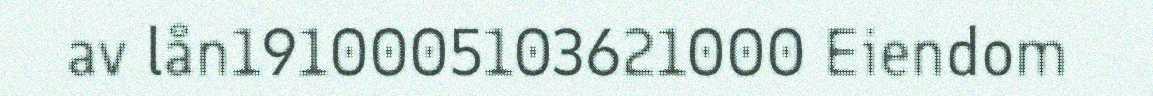
av lån1910005103621000 Eiendom